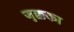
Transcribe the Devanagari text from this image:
जुक्कका